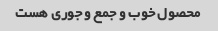
محصول خوب و جمع و جوری هست